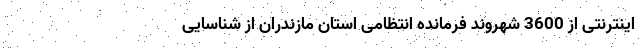
اینترنتی از 3600 شهروند فرمانده انتظامی استان مازندران از شناسایی